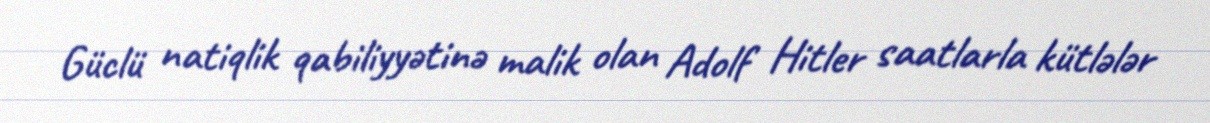
Güclü natiqlik qabiliyyətinə malik olan Adolf Hitler saatlarla kütlələr